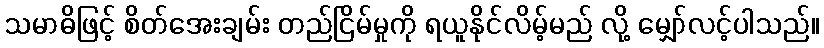
သမာဓိဖြင့် စိတ်အေးချမ်း တည်ငြိမ်မှုကို ရယူနိုင်လိမ့်မည် လို့ မျှော်လင့်ပါသည်။